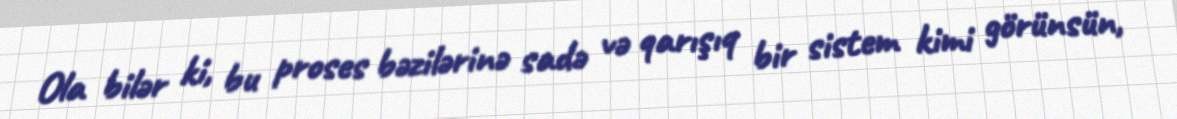
Ola bilər ki, bu proses bəzilərinə sadə və qarışıq bir sistem kimi görünsün,